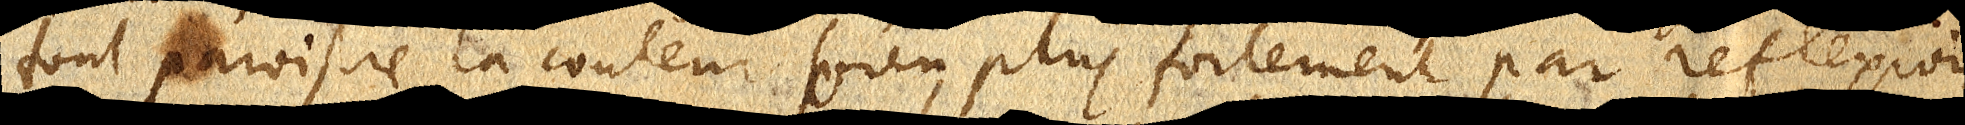
font paroistre la couleur bien plus fortement par reflexion